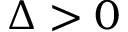
\Delta > 0